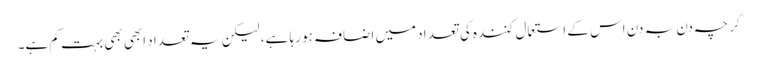
گرچہ دن بہ دن اس کے استعمال کنندہ کی تعداد میں اضافہ ہو رہا ہے، لیکن یہ تعداد ابھی بھی بہت کم ہے۔